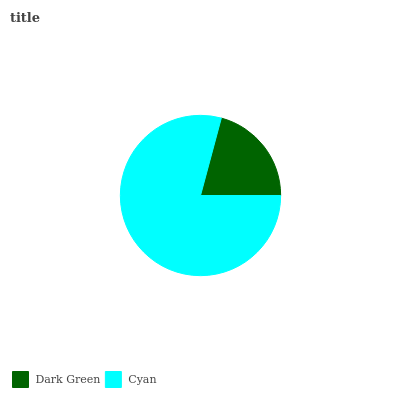
| Dark Green | Cyan |
 | --- | --- |
 | 20.9% | 79.1% |